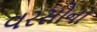
વરસોના